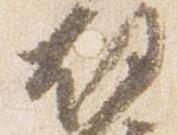
故